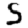
Digit: 5